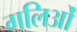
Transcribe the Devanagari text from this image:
गलिओं